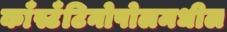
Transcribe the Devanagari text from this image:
काँस्टँटिनोपोलमधील